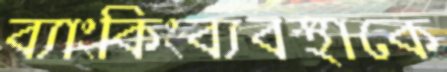
ব্যাংকিংব্যবস্থাকে